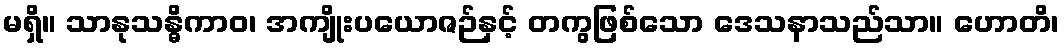
မရှိ။ သာနုသန္ဓိကာဝ၊ အကျိုးပယောဇဉ်နှင့် တကွဖြစ်သော ဒေသနာသည်သာ။ ဟောတိ၊